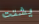
يشتت